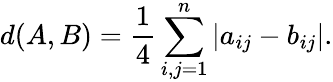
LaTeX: d(A,B)=\frac{1}{4}\sum_{i,j=1}^{n}\vert a_{ij}-b_{ij}\vert.